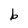
Character: b